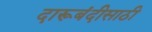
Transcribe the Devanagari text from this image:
दारूबंदीसाठी